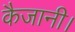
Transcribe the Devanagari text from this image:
कैजानी।